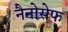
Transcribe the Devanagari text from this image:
नैनोसेफ